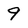
Character: 9